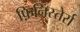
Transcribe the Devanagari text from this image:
फ़िनिस्तेर्रा